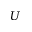
\boldsymbol { U }